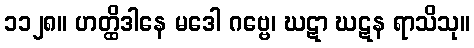
၁၁၂၈။ ဟတ္ထိဒါနေ မဒေါ ဂဗ္ဗေ၊ ဃဋာ ဃဋန ရာသိသု။